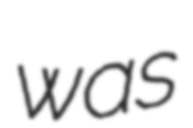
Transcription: was